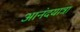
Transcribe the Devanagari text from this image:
आनंदयात्रा